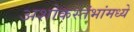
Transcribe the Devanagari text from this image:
अशोकस्तंभांमध्ये